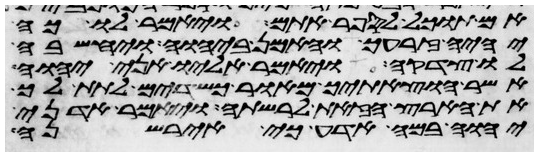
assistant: אם תוכל לספר אתם ויאמר לו כה
יהיה זרעך והאמן ביהוה ויחשבה
לו צדקה ויאמר אליו אני יהוה
אשר הוצאתיך מאור כשדים לתת לך
את הארץ הזאת לרשתה ויאמר אדני
יהוה במה אדע כי איירשנה